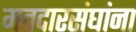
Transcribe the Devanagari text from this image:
मतदारसंघांना